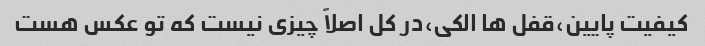
کیفیت پایین،قفل ها الکی،در کل اصلاً چیزی نیست که تو عکس هست